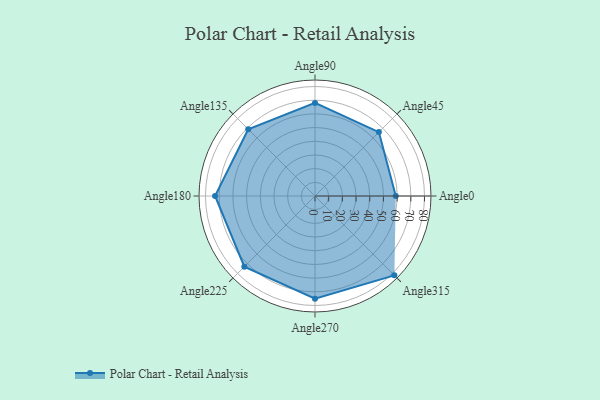
{"axis": {"x": "Angle", "y": "Radius"}, "legend": [""], "data": [{"x": "Angle0", "y": 59.0, "type": ""}, {"x": "Angle45", "y": 66.0, "type": ""}, {"x": "Angle90", "y": 68.0, "type": ""}, {"x": "Angle135", "y": 69.0, "type": ""}, {"x": "Angle180", "y": 73.0, "type": ""}, {"x": "Angle225", "y": 73.0, "type": ""}, {"x": "Angle270", "y": 75.0, "type": ""}, {"x": "Angle315", "y": 82.0, "type": ""}]}